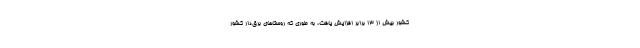
کشور بیش از ۱۳ برابر افزایش یافت، به طوری که روستا‌های برق‌دار کشور